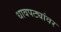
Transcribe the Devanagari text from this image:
धावपट्यांवर